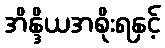
အိန္ဒိယအစိုးရနှင့်